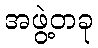
အဖွဲ့တခု